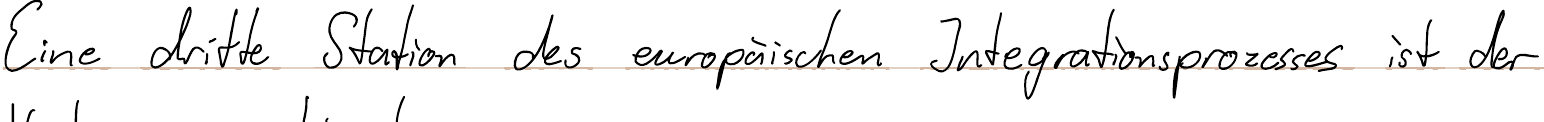
Eine dritte Station des europäischen Integrationsprozesses ist der